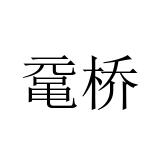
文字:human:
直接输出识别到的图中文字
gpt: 鼋桥